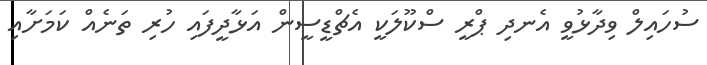
ސުހައިލް ވިދާޅުވީ އެނދި ޕްރީ ސްކޫލަކީ އެޗްޑީސީން އަޅާދީފައި ހުރި ތަނެއް ކަމަށާއި